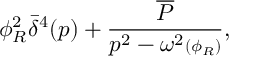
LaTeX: \phi _ { R } ^ { 2 } \bar { \delta } ^ { 4 } ( p ) + { \frac { \overline { { { { \cal P } } } } } { p ^ { 2 } - \omega ^ { 2 } { \scriptstyle ( \phi _ { R } ) } } } ,